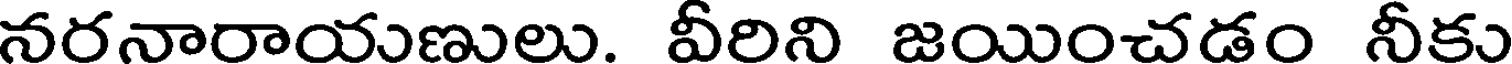
నరనారాయుణులు. వీరిని జయించడం నీకు